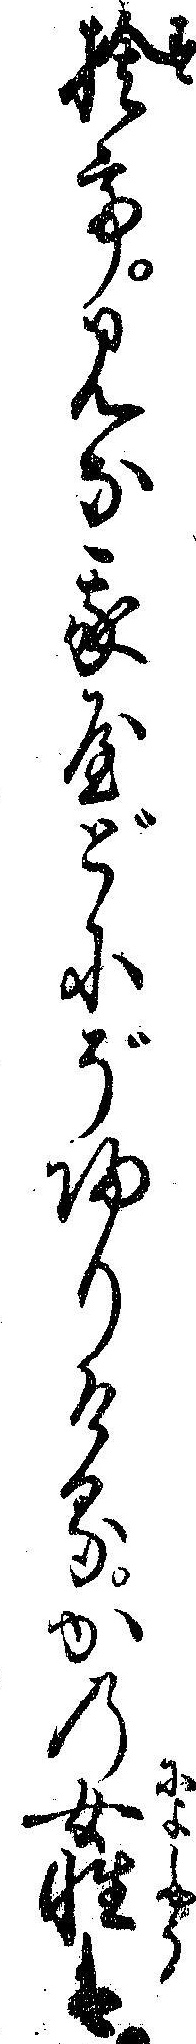
捨てみな我やどにぞ帰りけるかの女性は